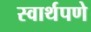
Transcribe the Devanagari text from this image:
स्वार्थपणे